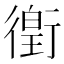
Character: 𫋯